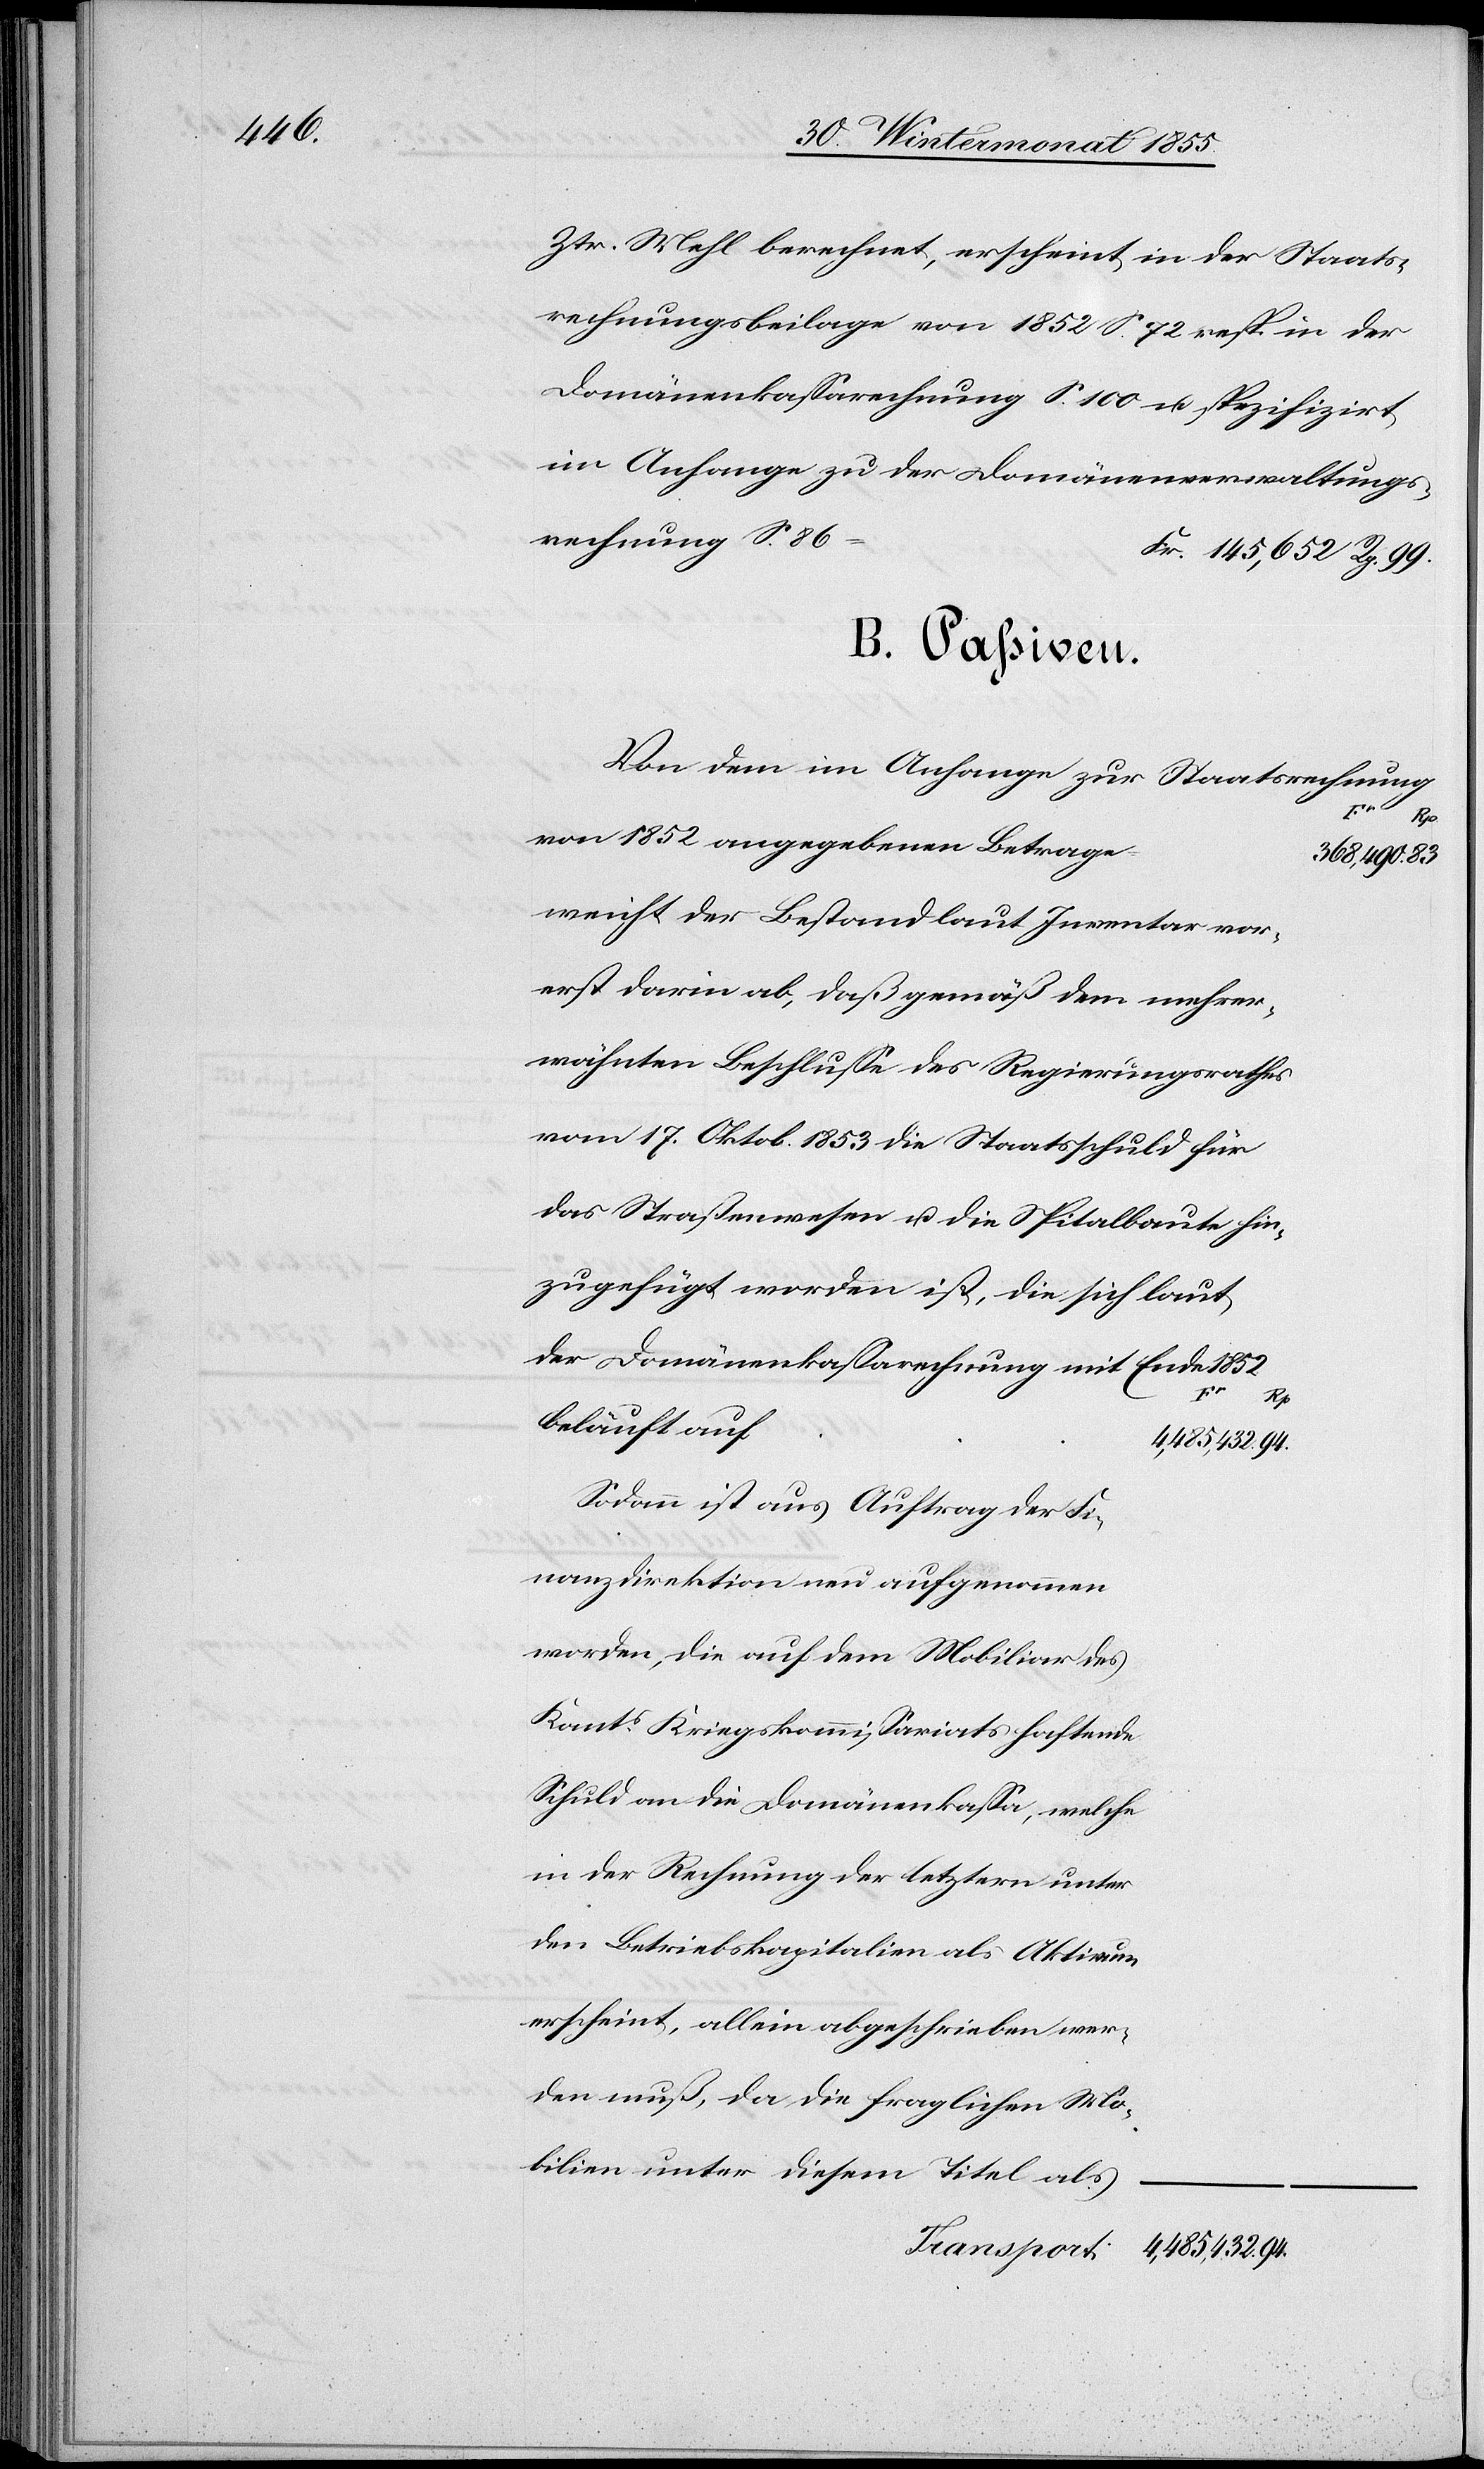
Ztr. Mehl berechnet, erscheint in der Staats¬
rechnungsbeilage von 1852 S. 72 resp. in der
Domänenkassarechnung S. 100 u. spezifizirt
rechnung S. 86
B. Passiven.
Von dem im Anhange zur Staatsrechnung
Tran¬
von 1852 angegebenen Betrage
weicht der Bestand laut Inventar vor¬
erst darin ab, daß gemäß dem mehrer¬
wähnten Beschlusse des Regierungsrathes
vom 17. Oktob. 1853 die Staatsschuld für
das Straßenwesen u. die Spitalbaute hin¬
zugefügt worden ist, die sich laut
der Domänenkassarechnung mit Ende 1852
sport:
94.
beläuft auf
Sodann ist aus Auftrag der Fi¬
nanzdirektion neu aufgenommen
worden, die auf dem Mobiliar des
Kants. Kriegskommissariats haftende
Schuld an die Domänenkassa, welche
in der Rechnung der letztern unter
den Betriebskapitalien als Aktivum
erscheint, allein abgeschrieben wer¬
den muß, da die fraglichen Mo¬
bilien unter diesem Titel als